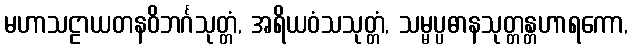
မဟာသဠာယတနဝိဘင်္ဂသုတ္တံ, အရိယဝံသသုတ္တံ, သမ္မပ္ပဓာနသုတ္တန္တဟာရကော,